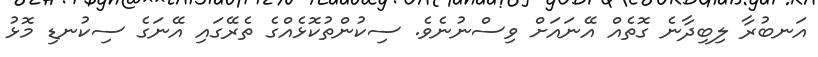
އަނބުރާ ލިބިދާނެ ގޮތެއް އޭނައަށް ވިސްނުނެވެ. ސިކުންތުކޮޅެއްގެ ތެރޭގައި އޭނަގެ ސިކުނޑި މޮޅު